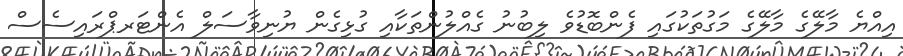
އިއްޔެ މާލޭގެ މާލޭގެ މަގުތަކުގައި ފެންބޮޑުވެ ލިބުނު ގެއްލުންތަކާއި ގުޅިގެން ޔުނިވާސަލް އެންޓަރޕްރައިސެސް